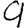
Digit: 9